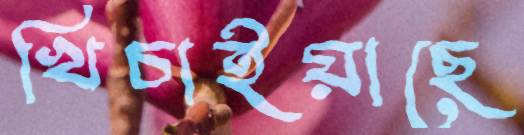
খিচাইয়াছে